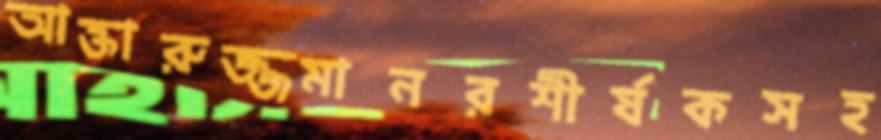
আক্তারুজ্জমানরশীর্ষকসহ